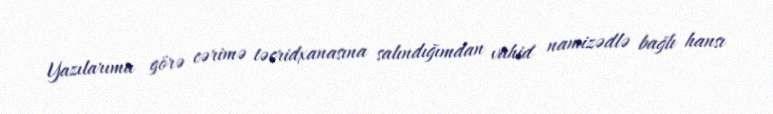
Yazılarıma görə cərimə təcridxanasına salındığımdan vahid namizədlə bağlı hansı